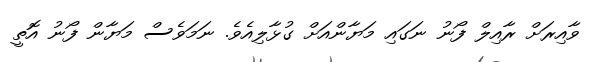
ވާއިރަށް ރާއިލް ފޯނު ނަގައި މަޔާންއަށް ގުޅާލިއެވެ. ނަމަވެސް މަޔާން ފޯނު އޮތީ